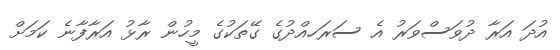
އުދަ އަރާ ދުވަސްވަރު އެ ސަރަހއްދުގެ ގޭތަކުގެ މީހުން ރާޅު އަރާފާނެ ކަމަށް